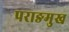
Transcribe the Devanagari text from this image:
पराङमुख